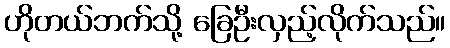
ဟိုတယ်ဘက်သို့ ခြေဦးလှည့်လိုက်သည်။